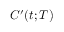
C ^ { \prime } ( t ; T )